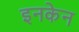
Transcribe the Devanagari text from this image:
इनकेन